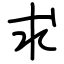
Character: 求